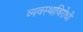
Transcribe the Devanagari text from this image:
व्यवस्थाविरोधी